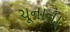
ચૂનાના